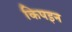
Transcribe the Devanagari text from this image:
किपइन